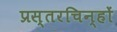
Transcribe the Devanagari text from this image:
प्रस्तरचिन्हों